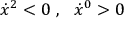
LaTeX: \dot { x } ^ { 2 } < 0 \ , \ \ \dot { x } ^ { 0 } > 0